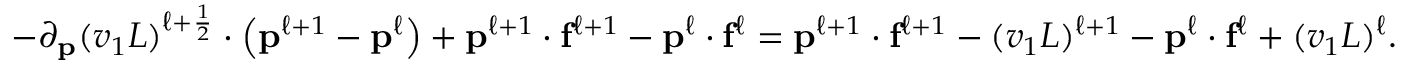
- \partial _ { \mathbf { p } } ( v _ { 1 } L ) ^ { \ell + \frac { 1 } { 2 } } \cdot \left( \mathbf { p } ^ { \ell + 1 } - \mathbf { p } ^ { \ell } \right) + \mathbf { p } ^ { \ell + 1 } \cdot \mathbf { f } ^ { \ell + 1 } - \mathbf { p } ^ { \ell } \cdot \mathbf { f } ^ { \ell } = \mathbf { p } ^ { \ell + 1 } \cdot \mathbf { f } ^ { \ell + 1 } - ( v _ { 1 } L ) ^ { \ell + 1 } - \mathbf { p } ^ { \ell } \cdot \mathbf { f } ^ { \ell } + ( v _ { 1 } L ) ^ { \ell } .